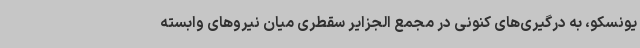
یونسکو، به درگیری‌های کنونی در مجمع الجزایر سقطری میان نیروهای وابسته